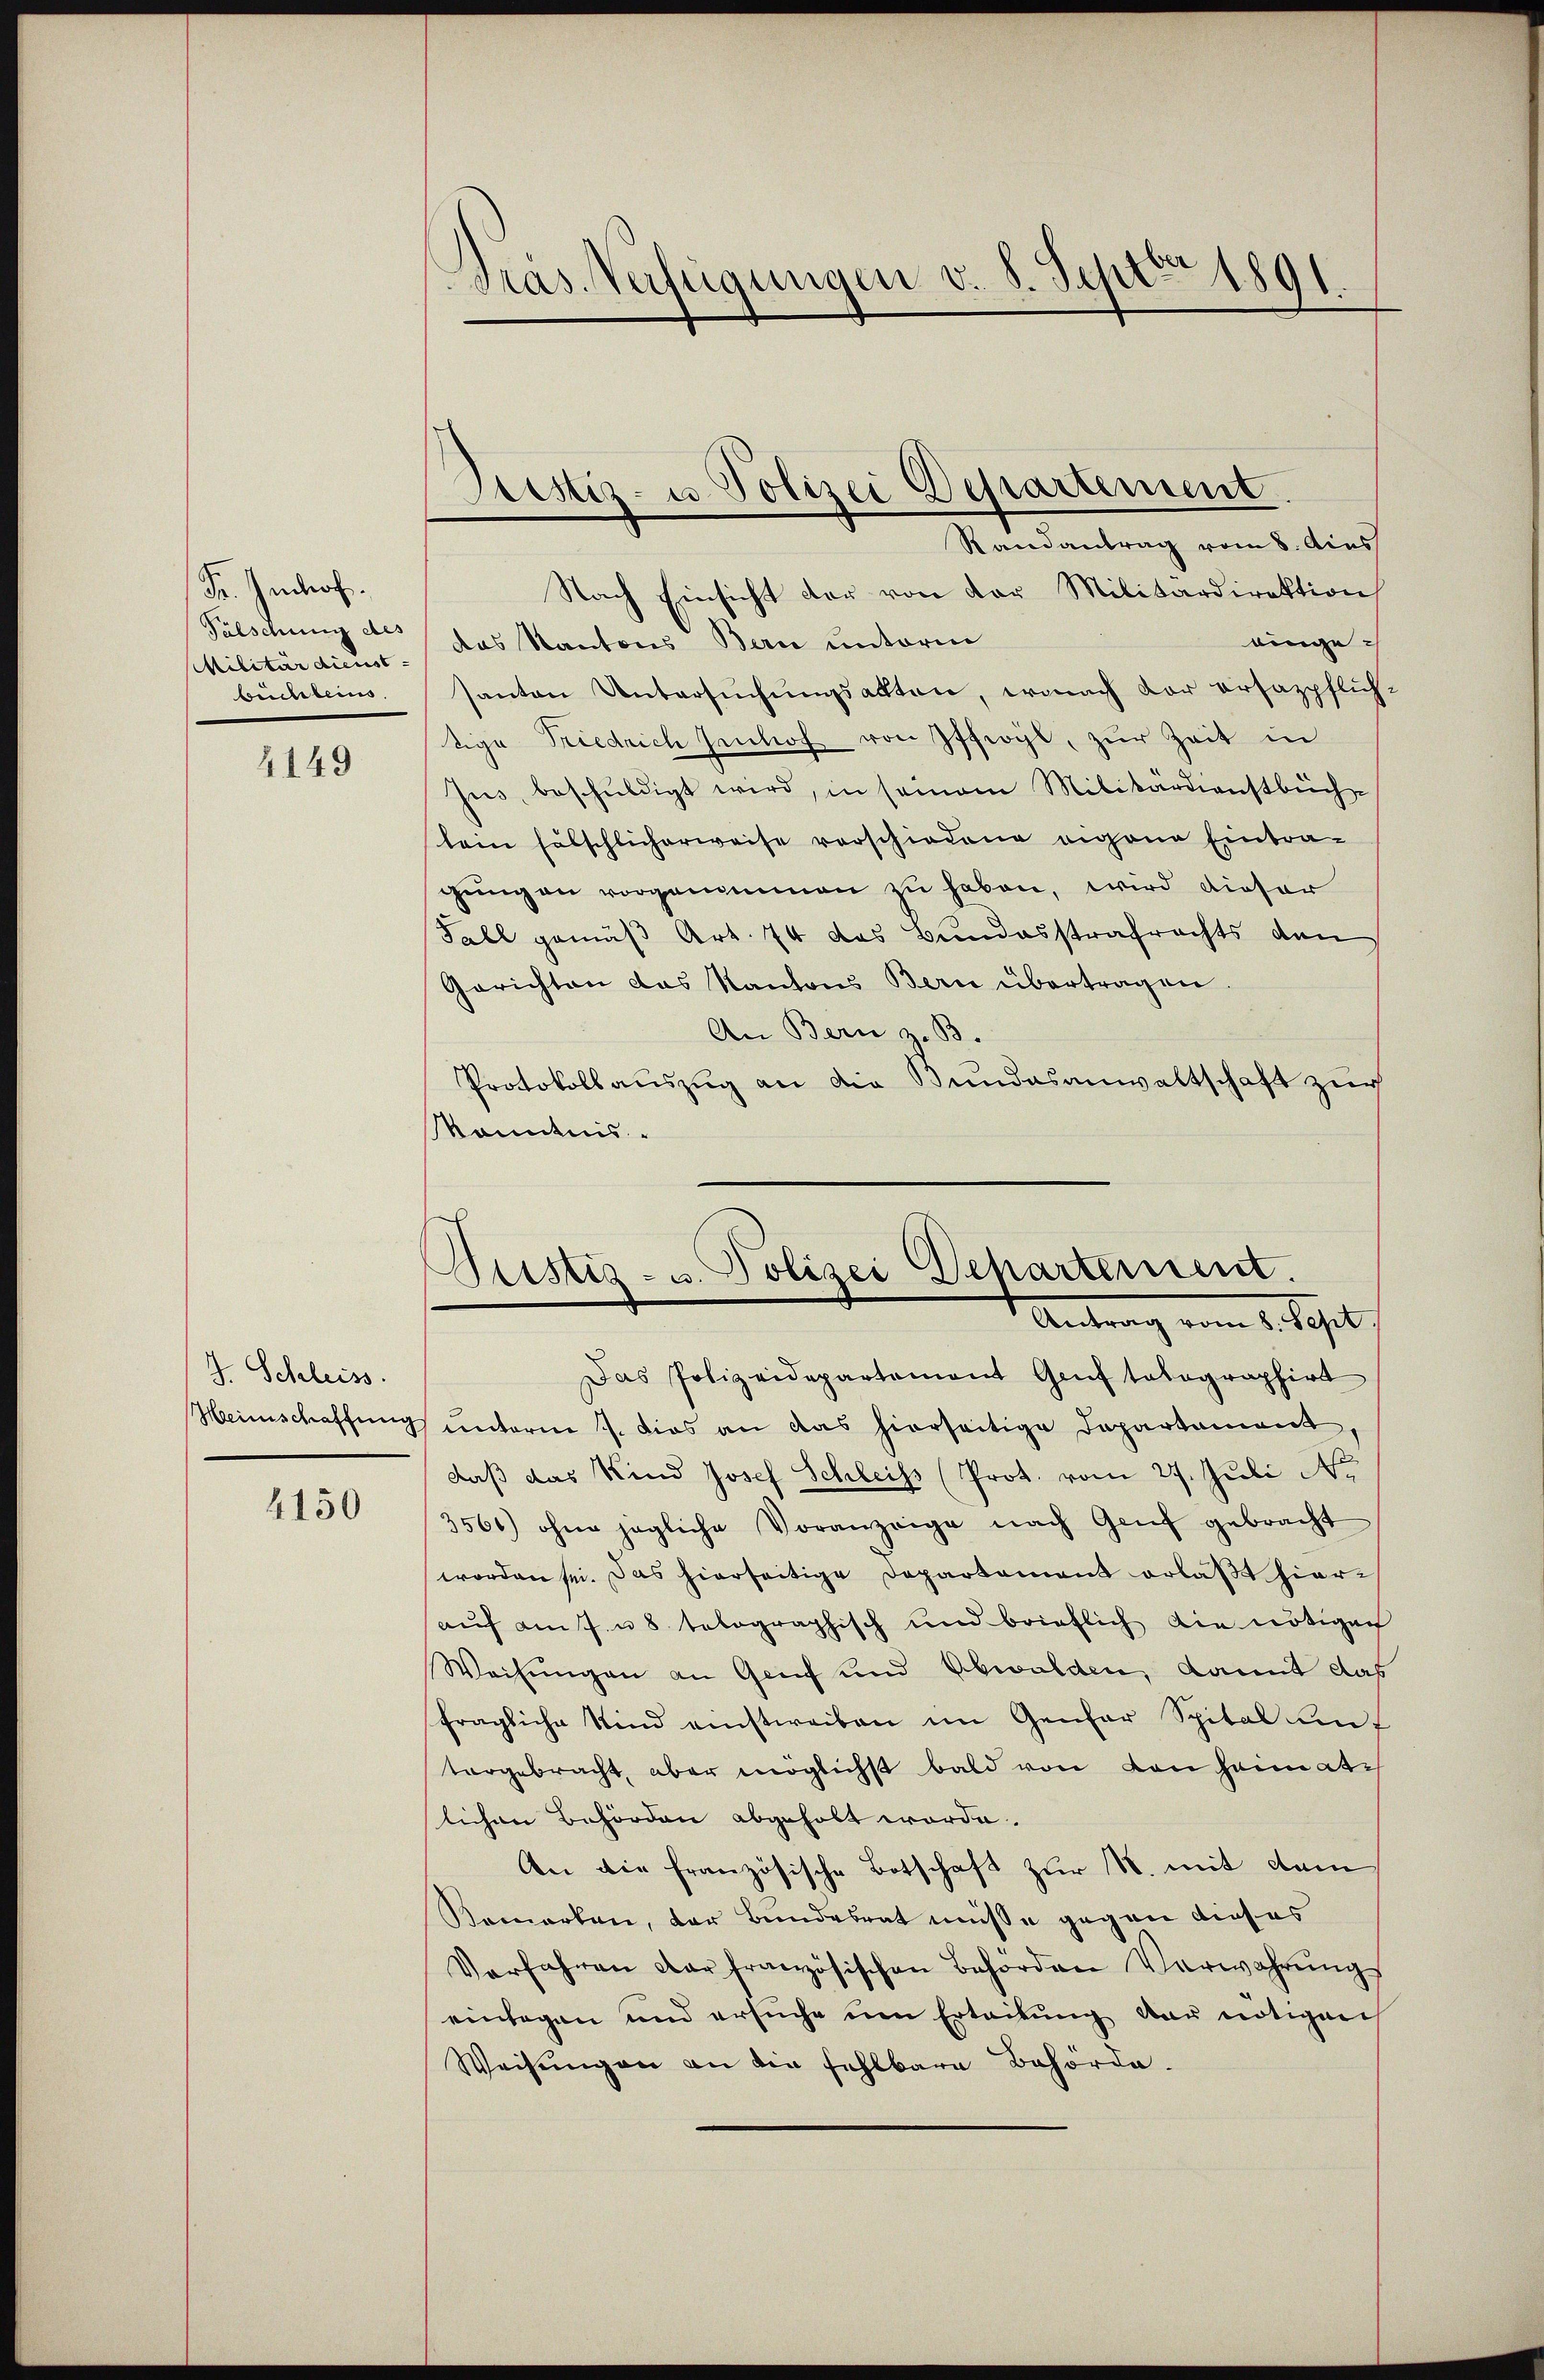
Fr. Imhof.
Fälschung des
Militär dienst-
bücher beins.

2149

J. Schleiss.

4150

Dräs. Verfügungen v. 8. Septer 1891.

Randantrag vom 8. Aus
Nach Einsicht der von der Militärdirektion
eingedas Kantons Bern unterm
santon Untersŭchŭngsakten, wonach der ersazpflich,
tige Friedrich Jenhof von Iffwyl, zur Zeit in
Jus, beschuldigt wird, in seinem Militärdienstbüch
lein fälschlicherweise verschiedene eigene Eintra-
gung an vorgenommen zu haben, wird dieser
Fall gemäß Art. 74 das Bundesstrafrechts den
Gerichten das Kantons Bern übertragen
An Bern z. B.
Protokollauszug an die Bundesanwaltschaft zur
kanntnis.

Prestiz- u Polizei Departement.

Das Polizeidepartement Genf totographirt
Heinschaffung unterm 7. dies an das hierseitige Departement
daß das Kind Josef Schleiss (Prot. vom 27. Juli No
3561) ohne jegliche Voranzeige nach Genf gebracht
worden sei. Das hierseitige Departement erläßt hierauf am 7. u. 8 telographisch und brieflich die nötigen
Weisungen an Genf und Obwalden, kannt das
fragliche Kind einstweiben im Genfer Spital auf
tergebracht, aber möglichst bald von von Heimati
lichen Behörden abgeholt worde.
An die französische Botschaft zur M. mit dem
Bemerken, der Bundesrat müsse gegen dieses
Verfahren der französischen Behörden Verwahrŭngs
einlagen und ersuche um Erleitung der nötigen
Weisŭngen an die fehlbare Behörde.

Justiz- u. Polizei Departement.
Antrag vom 1. Jahrt